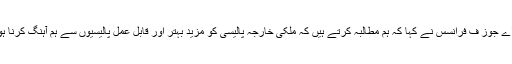
ایم اے جوز ف فرانسس نے کہا کہ ہم مطالبہ کرتے ہیں کہ ملکی خارجہ پالیسی کو مزید بہتر اور قابل عمل پالیسیوں سے ہم آہنگ کرنا ہوگا۔